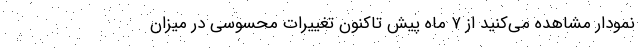
نمودار مشاهده می‌کنید از ۷ ماه پیش تاکنون تغییرات محسوسی در میزان